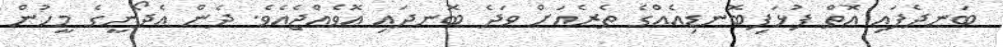
ބަނދެފައި އޮތް ފުޅަފިބޮނޑިއެއްގެ ތެރެއަށް ވަދެ ބޮނދައި އޮވެއްޖެއެވެ. ދެން އެދޯނީގެ މީހުން